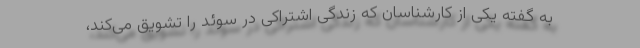
به گفته یکی از کارشناسان که زندگی اشتراکی در سوئد را تشویق می‌کند،